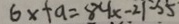
6 x + a = 8 4 x - 2 1 = 5 5